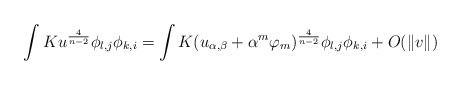
LaTeX: \begin{align*}\int Ku^{\frac{4}{n-2}}\phi_{l,j}\phi_{k,i}=\int K & (u_{\alpha, \beta} +\alpha^{m}\varphi_{m})^{\frac{4}{n-2}}\phi_{l,j}\phi_{k,i}+O(\Vert v \Vert)\end{align*}